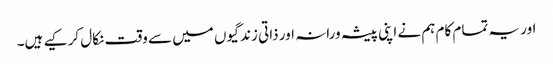
اور یہ تمام کام ہم نے اپنی پیشہ ورانہ اور ذاتی زندگیوں میں سے وقت نکال کر کیے ہیں۔